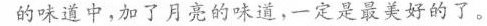
的味道中，加了月亮的味道，一定是最美好的了。